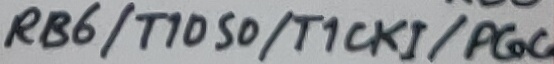
Text: RB6/T1050/T1CKi/PGC